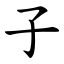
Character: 子